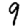
Digit: 9